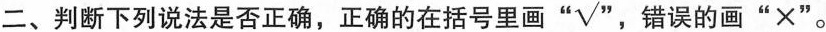
二、判断下列说法是否正确，正确的在括号里画“√” ，错误的画“×”。